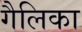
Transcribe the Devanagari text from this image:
गैलिका